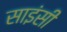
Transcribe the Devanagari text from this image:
साइंसी